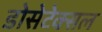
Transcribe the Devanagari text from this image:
डोसेटेक्सल